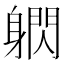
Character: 䠾